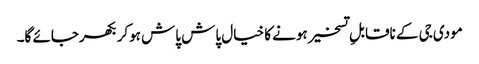
مودی جی کے ناقابلِ تسخیر ہونے کا خیال پاش پاش ہوکر بکھرجائے گا۔